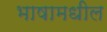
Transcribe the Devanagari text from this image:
भाषामधील